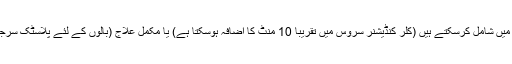
آپ اس عمل کو اپنی موجودہ خدمت میں شامل کرسکتے ہیں (کلر کنڈیشنر سروس میں تقریبا 10 منٹ کا اضافہ ہوسکتا ہے) یا مکمل علاج (بالوں کے لئے پلاسٹک سرجری) کے طور پر استعمال ہوتا ہے۔